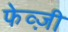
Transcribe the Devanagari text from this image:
फेव्ज़ी